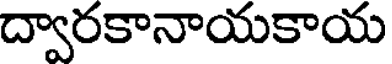
ద్వారకానాయకాయ